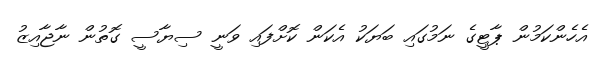
އެހެންކަމުން ޕާޓީގެ ނަމުގައި ބަޔަކު އެކަން ކޮށްފައި ވަނީ ސިޔާސީ ގޮތުން ނާޖާއިޒު